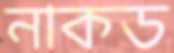
নাকড